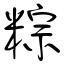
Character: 粽